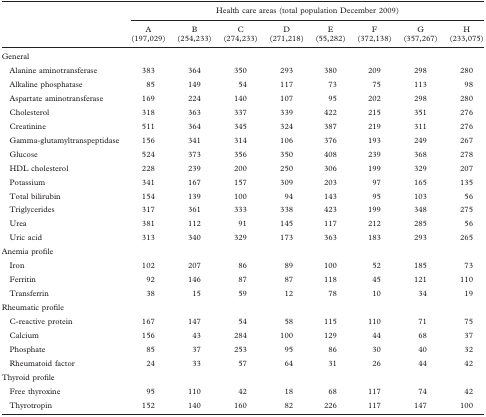
<table><thead><tr><td></td><td colspan="8"><b>Health care areas (total population December 2009)</b></td></tr><tr><td></td><td><b>A (197,029)</b></td><td><b>B (254,233)</b></td><td><b>C (274,233)</b></td><td><b>D (271,218)</b></td><td><b>E (55,282)</b></td><td><b>F (372,138)</b></td><td><b>G (357,267)</b></td><td><b>H (233,075)</b></td></tr></thead><tbody><tr><td colspan="9">General</td></tr><tr><td> Alanine aminotransferase</td><td>383</td><td>364</td><td>350</td><td>293</td><td>380</td><td>209</td><td>298</td><td>280</td></tr><tr><td> Alkaline phosphatase</td><td>85</td><td>149</td><td>54</td><td>117</td><td>73</td><td>75</td><td>113</td><td>98</td></tr><tr><td> Aspartate aminotransferase</td><td>169</td><td>224</td><td>140</td><td>107</td><td>95</td><td>202</td><td>298</td><td>280</td></tr><tr><td> Cholesterol</td><td>318</td><td>363</td><td>337</td><td>339</td><td>422</td><td>215</td><td>351</td><td>276</td></tr><tr><td> Creatinine</td><td>511</td><td>364</td><td>345</td><td>324</td><td>387</td><td>219</td><td>311</td><td>276</td></tr><tr><td> Gamma-glutamyltranspeptidase</td><td>156</td><td>341</td><td>314</td><td>106</td><td>376</td><td>193</td><td>249</td><td>267</td></tr><tr><td> Glucose</td><td>524</td><td>373</td><td>356</td><td>350</td><td>408</td><td>239</td><td>368</td><td>278</td></tr><tr><td> HDL cholesterol</td><td>228</td><td>239</td><td>200</td><td>250</td><td>306</td><td>199</td><td>329</td><td>207</td></tr><tr><td> Potassium</td><td>341</td><td>167</td><td>157</td><td>309</td><td>203</td><td>97</td><td>165</td><td>135</td></tr><tr><td> Total bilirubin</td><td>154</td><td>139</td><td>100</td><td>94</td><td>143</td><td>95</td><td>103</td><td>56</td></tr><tr><td> Triglycerides</td><td>317</td><td>361</td><td>333</td><td>338</td><td>423</td><td>199</td><td>348</td><td>275</td></tr><tr><td> Urea</td><td>381</td><td>112</td><td>91</td><td>145</td><td>117</td><td>212</td><td>285</td><td>56</td></tr><tr><td> Uric acid</td><td>313</td><td>340</td><td>329</td><td>173</td><td>363</td><td>183</td><td>293</td><td>265</td></tr><tr><td colspan="9">Anemia profile</td></tr><tr><td> Iron</td><td>102</td><td>207</td><td>86</td><td>89</td><td>100</td><td>52</td><td>185</td><td>73</td></tr><tr><td> Ferritin</td><td>92</td><td>146</td><td>87</td><td>87</td><td>118</td><td>45</td><td>121</td><td>110</td></tr><tr><td> Transferrin</td><td>38</td><td>15</td><td>59</td><td>12</td><td>78</td><td>10</td><td>34</td><td>19</td></tr><tr><td colspan="9">Rheumatic profile</td></tr><tr><td> C-reactive protein</td><td>167</td><td>147</td><td>54</td><td>58</td><td>115</td><td>110</td><td>71</td><td>75</td></tr><tr><td> Calcium</td><td>156</td><td>43</td><td>284</td><td>100</td><td>129</td><td>44</td><td>68</td><td>37</td></tr><tr><td> Phosphate</td><td>85</td><td>37</td><td>253</td><td>95</td><td>86</td><td>30</td><td>40</td><td>32</td></tr><tr><td> Rheumatoid factor</td><td>24</td><td>33</td><td>57</td><td>64</td><td>31</td><td>26</td><td>44</td><td>42</td></tr><tr><td colspan="9">Thyroid profile</td></tr><tr><td> Free thyroxine</td><td>95</td><td>110</td><td>42</td><td>18</td><td>68</td><td>117</td><td>74</td><td>42</td></tr><tr><td> Thyrotropin</td><td>152</td><td>140</td><td>160</td><td>82</td><td>226</td><td>117</td><td>147</td><td>100</td></tr></tbody></table>